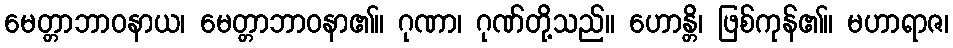
မေတ္တာဘာဝနာယ၊ မေတ္တာဘာဝနာ၏။ ဂုဏာ၊ ဂုဏ်တို့သည်။ ဟောန္တိ၊ ဖြစ်ကုန်၏။ မဟာရာဇ၊